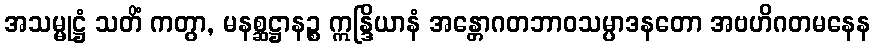
အသမ္မုဋ္ဌံ သတိံ ကတွာ, မနစ္ဆဋ္ဌာနဉ္စ ဣန္ဒြိယာနံ အန္တောဂတဘာဝသမ္ပာဒနတော အဗဟိဂတမနေန